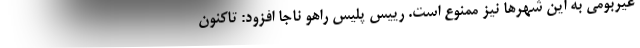
غیربومی به این شهرها نیز ممنوع است. رییس پلیس راهو ناجا افزود: تاکنون